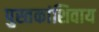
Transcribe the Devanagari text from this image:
पुस्तकांशिवाय